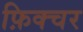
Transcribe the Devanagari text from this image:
फ़िक्चर